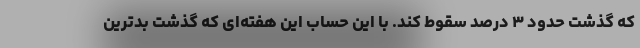
که گذشت حدود ۳ درصد سقوط کند. با این حساب این هفته‌ای که گذشت بدترین